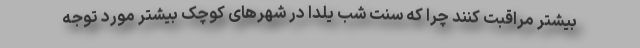
بیشتر مراقبت کنند چرا که سنت شب یلدا در شهرهای کوچک بیشتر مورد توجه